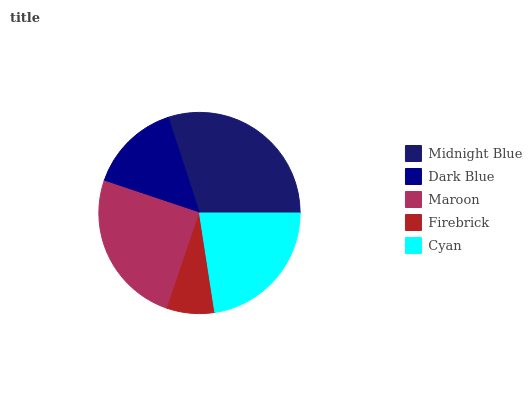
| Midnight Blue | Dark Blue | Maroon | Firebrick | Cyan |
 | --- | --- | --- | --- | --- |
 | 30% | 14.8% | 24.9% | 7.64% | 22.6% |